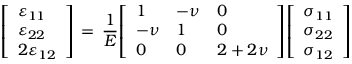
{ \left[ \begin{array} { l } { \varepsilon _ { 1 1 } } \\ { \varepsilon _ { 2 2 } } \\ { 2 \varepsilon _ { 1 2 } } \end{array} \right] } \, = \, { \frac { 1 } { E } } { \left[ \begin{array} { l l l } { 1 } & { - \nu } & { 0 } \\ { - \nu } & { 1 } & { 0 } \\ { 0 } & { 0 } & { 2 + 2 \nu } \end{array} \right] } { \left[ \begin{array} { l } { \sigma _ { 1 1 } } \\ { \sigma _ { 2 2 } } \\ { \sigma _ { 1 2 } } \end{array} \right] }